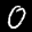
Label: 0